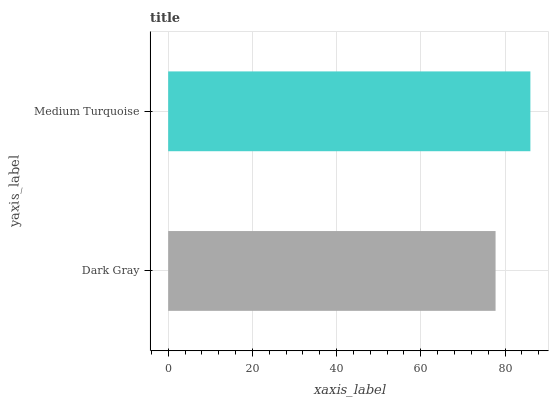
| yaxis_label | bars |
 | --- | --- |
 | Dark Gray | 77.7 |
 | Medium Turquoise | 86 |